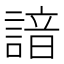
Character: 諳